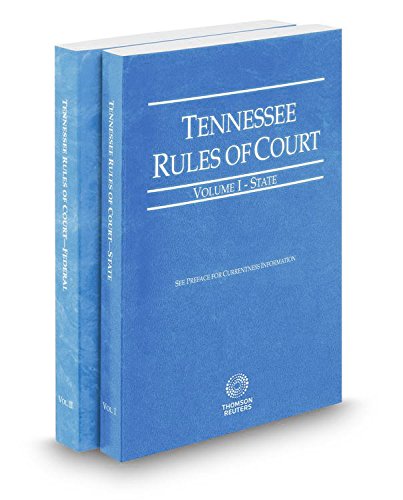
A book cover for Tennessee Rules of Court - State and Federal, 2015 ed. (Vols. I & II, Tennessee Court Rules) (Vols. I & II, Tennessee Court Rules); Thomson West; Law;